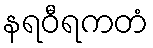
နရဝီရကတံ